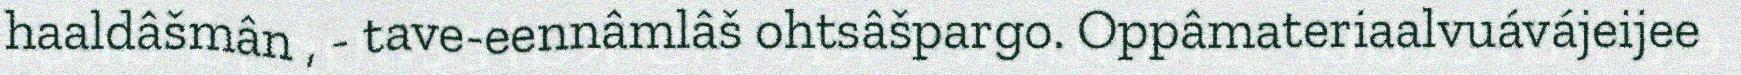
haaldâšmân , - tave-eennâmlâš ohtsâšpargo. Oppâmateriaalvuávájeijee